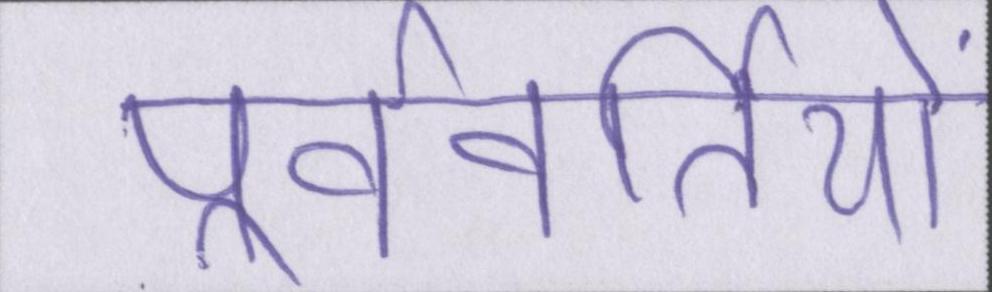
पूर्ववर्तियों